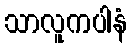
သာလူကပါနံ